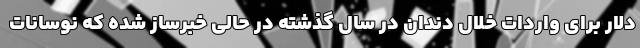
دلار برای واردات خلال دندان در سال گذشته در حالی خبرساز شده که نوسانات